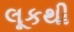
લૂકથી